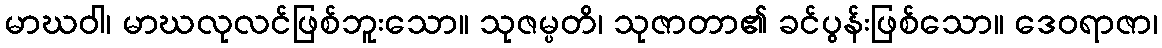
မာဃဝါ၊ မာဃလုလင်ဖြစ်ဘူးသော။ သုဇမ္ပတိ၊ သုဇာတာ၏ ခင်ပွန်းဖြစ်သော။ ဒေဝရာဇာ၊